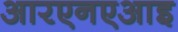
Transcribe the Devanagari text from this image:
आरएनएआइ